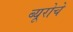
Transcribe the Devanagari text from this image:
ब्यूरोचे